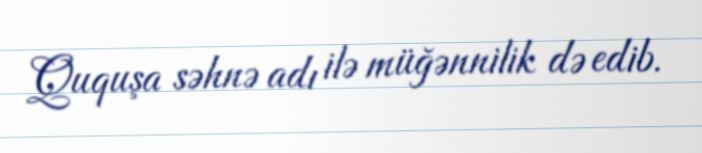
Ququşa səhnə adı ilə müğənnilik də edib.